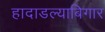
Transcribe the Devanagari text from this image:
हादाडल्याबिगार